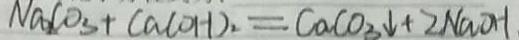
N a _ { 2 } C O _ { 3 } + C a ( O H ) _ { 2 } = C a C O _ { 3 } \downarrow + 2 N a O H